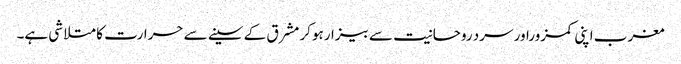
مغرب اپنی کمزوراور سرد روحانیت سے بیزارہوکر مشرق کے سینے سے حرارت کا متلاشی ہے۔